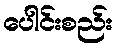
ပေါင်းစည်း